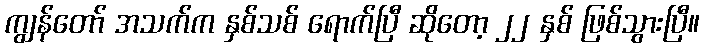
ကျွန်တော် အသက်က နှစ်သစ် ရောက်ပြီ ဆိုတော့ ၂၂ နှစ် ဖြစ်သွားပြီ။